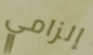
إلزامي